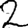
Digit: 2